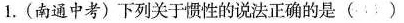
1.（南通中考）下列关于惯性的说法正确的是（）